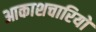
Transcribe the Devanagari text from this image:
आकाशचारियों